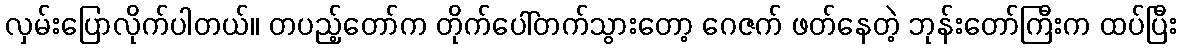
လှမ်းပြောလိုက်ပါတယ်။ တပည့်တော်က တိုက်ပေါ်တက်သွားတော့ ဂေဇက် ဖတ်နေတဲ့ ဘုန်းတော်ကြီးက ထပ်ပြီး